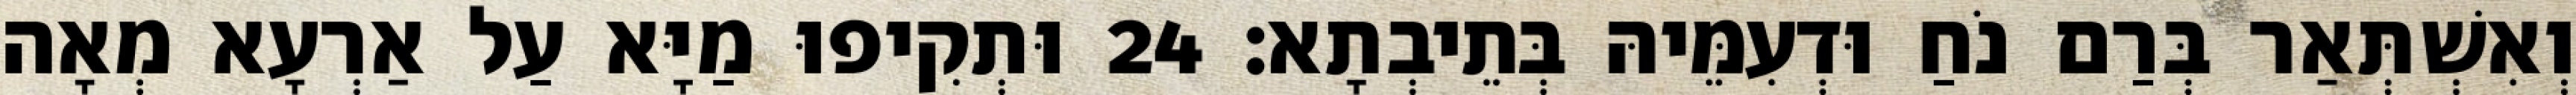
וְאִשְׁתְּאַר בְּרַם נֹחַ וּדְעִמֵּיהּ בְּתֵיבְתָא׃ 24 וּתְקִיפוּ מַיָּא עַל אַרְעָא מְאָה